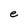
Character: e